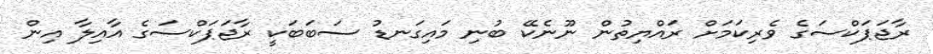
ރާޖަޕަކްސަގެ ވެރިކަމަށް ރައްޔިތުން ނޫނެކޭ ބުނި މައިގަނޑު ސަބަބަކީ ރާޖަޕަކްސަގެ އާއިލާ އިން